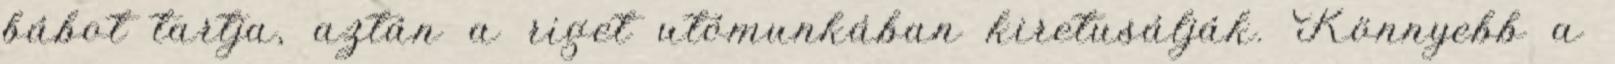
bábot tartja, aztán a riget utómunkában kiretusálják. Könnyebb a